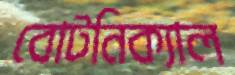
বোটনিক্যাল